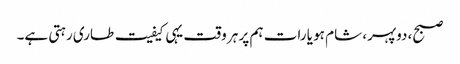
صبح، دوپہر، شام ہو یا رات ہم پر ہر وقت یہی کیفیت طاری رہتی ہے۔